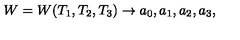
W = W ( T _ { 1 } , T _ { 2 } , T _ { 3 } ) \rightarrow a _ { 0 } , a _ { 1 } , a _ { 2 } , a _ { 3 } ,